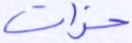
حزات